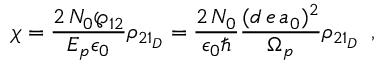
\chi = \frac { 2 \, { \cal { N } } _ { 0 } \wp _ { 1 2 } } { E _ { p } \epsilon _ { 0 } } \rho _ { 2 1 _ { D } } = \frac { 2 \, { \cal { N } } _ { 0 } } { \epsilon _ { 0 } \hbar } \frac { ( d \, e \, a _ { 0 } ) ^ { 2 } } { \Omega _ { p } } \rho _ { 2 1 _ { D } } \, \, \, ,